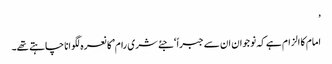
’
امام کا الزام ہے کہ نوجوان ان سے جبراً ‘جئے شری رام’کا نعرہ لگوانا چاہتے تھے۔